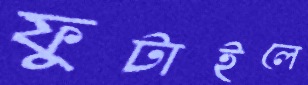
ফুটাইলে